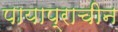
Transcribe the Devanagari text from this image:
पायाप्राचीन